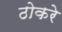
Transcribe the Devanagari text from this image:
ठोकरे